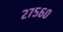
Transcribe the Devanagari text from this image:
२७५६०